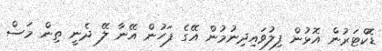
ޑޮކްޓަރުން އޮޅުން ފިލުވައިދިނުމުން އޭގެ ފަހުން އޭނާ ލޭ ދެނީ ތިން މަސް